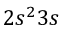
2 s ^ { 2 } 3 s